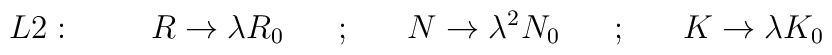
L2:~~~~~~~R \rightarrow \lambda R_0 ~~~~~;~~~~~N \rightarrow \lambda^2 N_0 ~~~~~;~~~~~K \rightarrow \lambda K_0